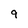
Character: 9